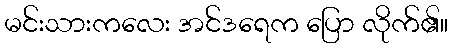
မင်းသားကလေး အင်ဒရေက ပြော လိုက်၏။